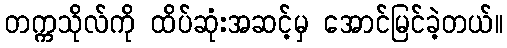
တက္ကသိုလ်ကို ထိပ်ဆုံးအဆင့်မှ အောင်မြင်ခဲ့တယ်။